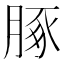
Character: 䐁